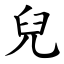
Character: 兒